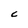
Character: C